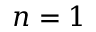
n = 1